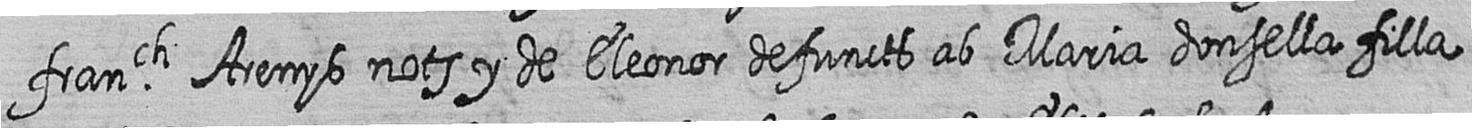
franch Arenys nots y de Eleonor defuncts ab Maria donsella filla